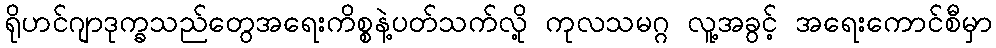
ရိုဟင်ဂျာဒုက္ခသည်တွေအရေးကိစ္စနဲ့ပတ်သက်လို့ ကုလသမဂ္ဂ လူ့အခွင့် အရေးကောင်စီမှာ